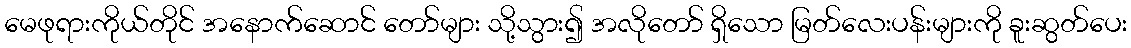
မေဖုရားကိုယ်တိုင် အနောက်ဆောင် တော်များ သို့သွား၍ အလိုတော် ရှိသော မြတ်လေးပန်းများကို ခူးဆွတ်ပေး